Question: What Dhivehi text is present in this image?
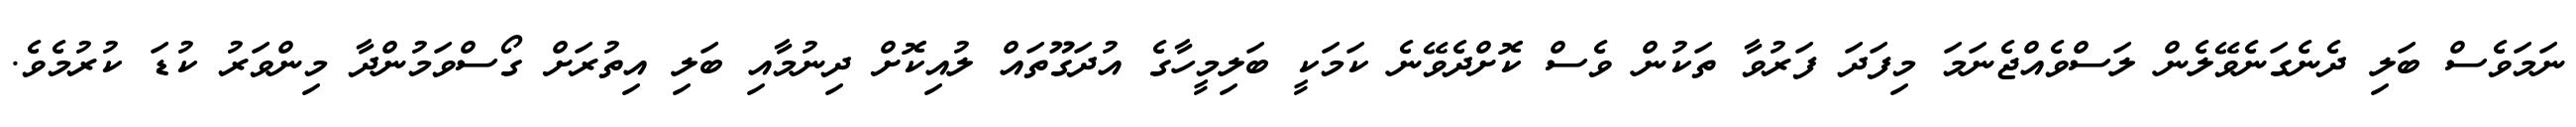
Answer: ނަމަވެސް ބަލި ދެނެގަނެވޭލެން ލަސްވެއްޖެނަމަ މިފަދަ ފަރުވާ ތަކުން ވެސް ކޮށްދެވޭނެ ކަމަކީ ބަލިމީހާގެ އުދަގޫތައް ލުއިކޮށް ދިނުމާއި ބަލި އިތުރަށް ގޯސްވަމުންދާ މިންވަރު ކުޑަ ކުރުމެވެ.